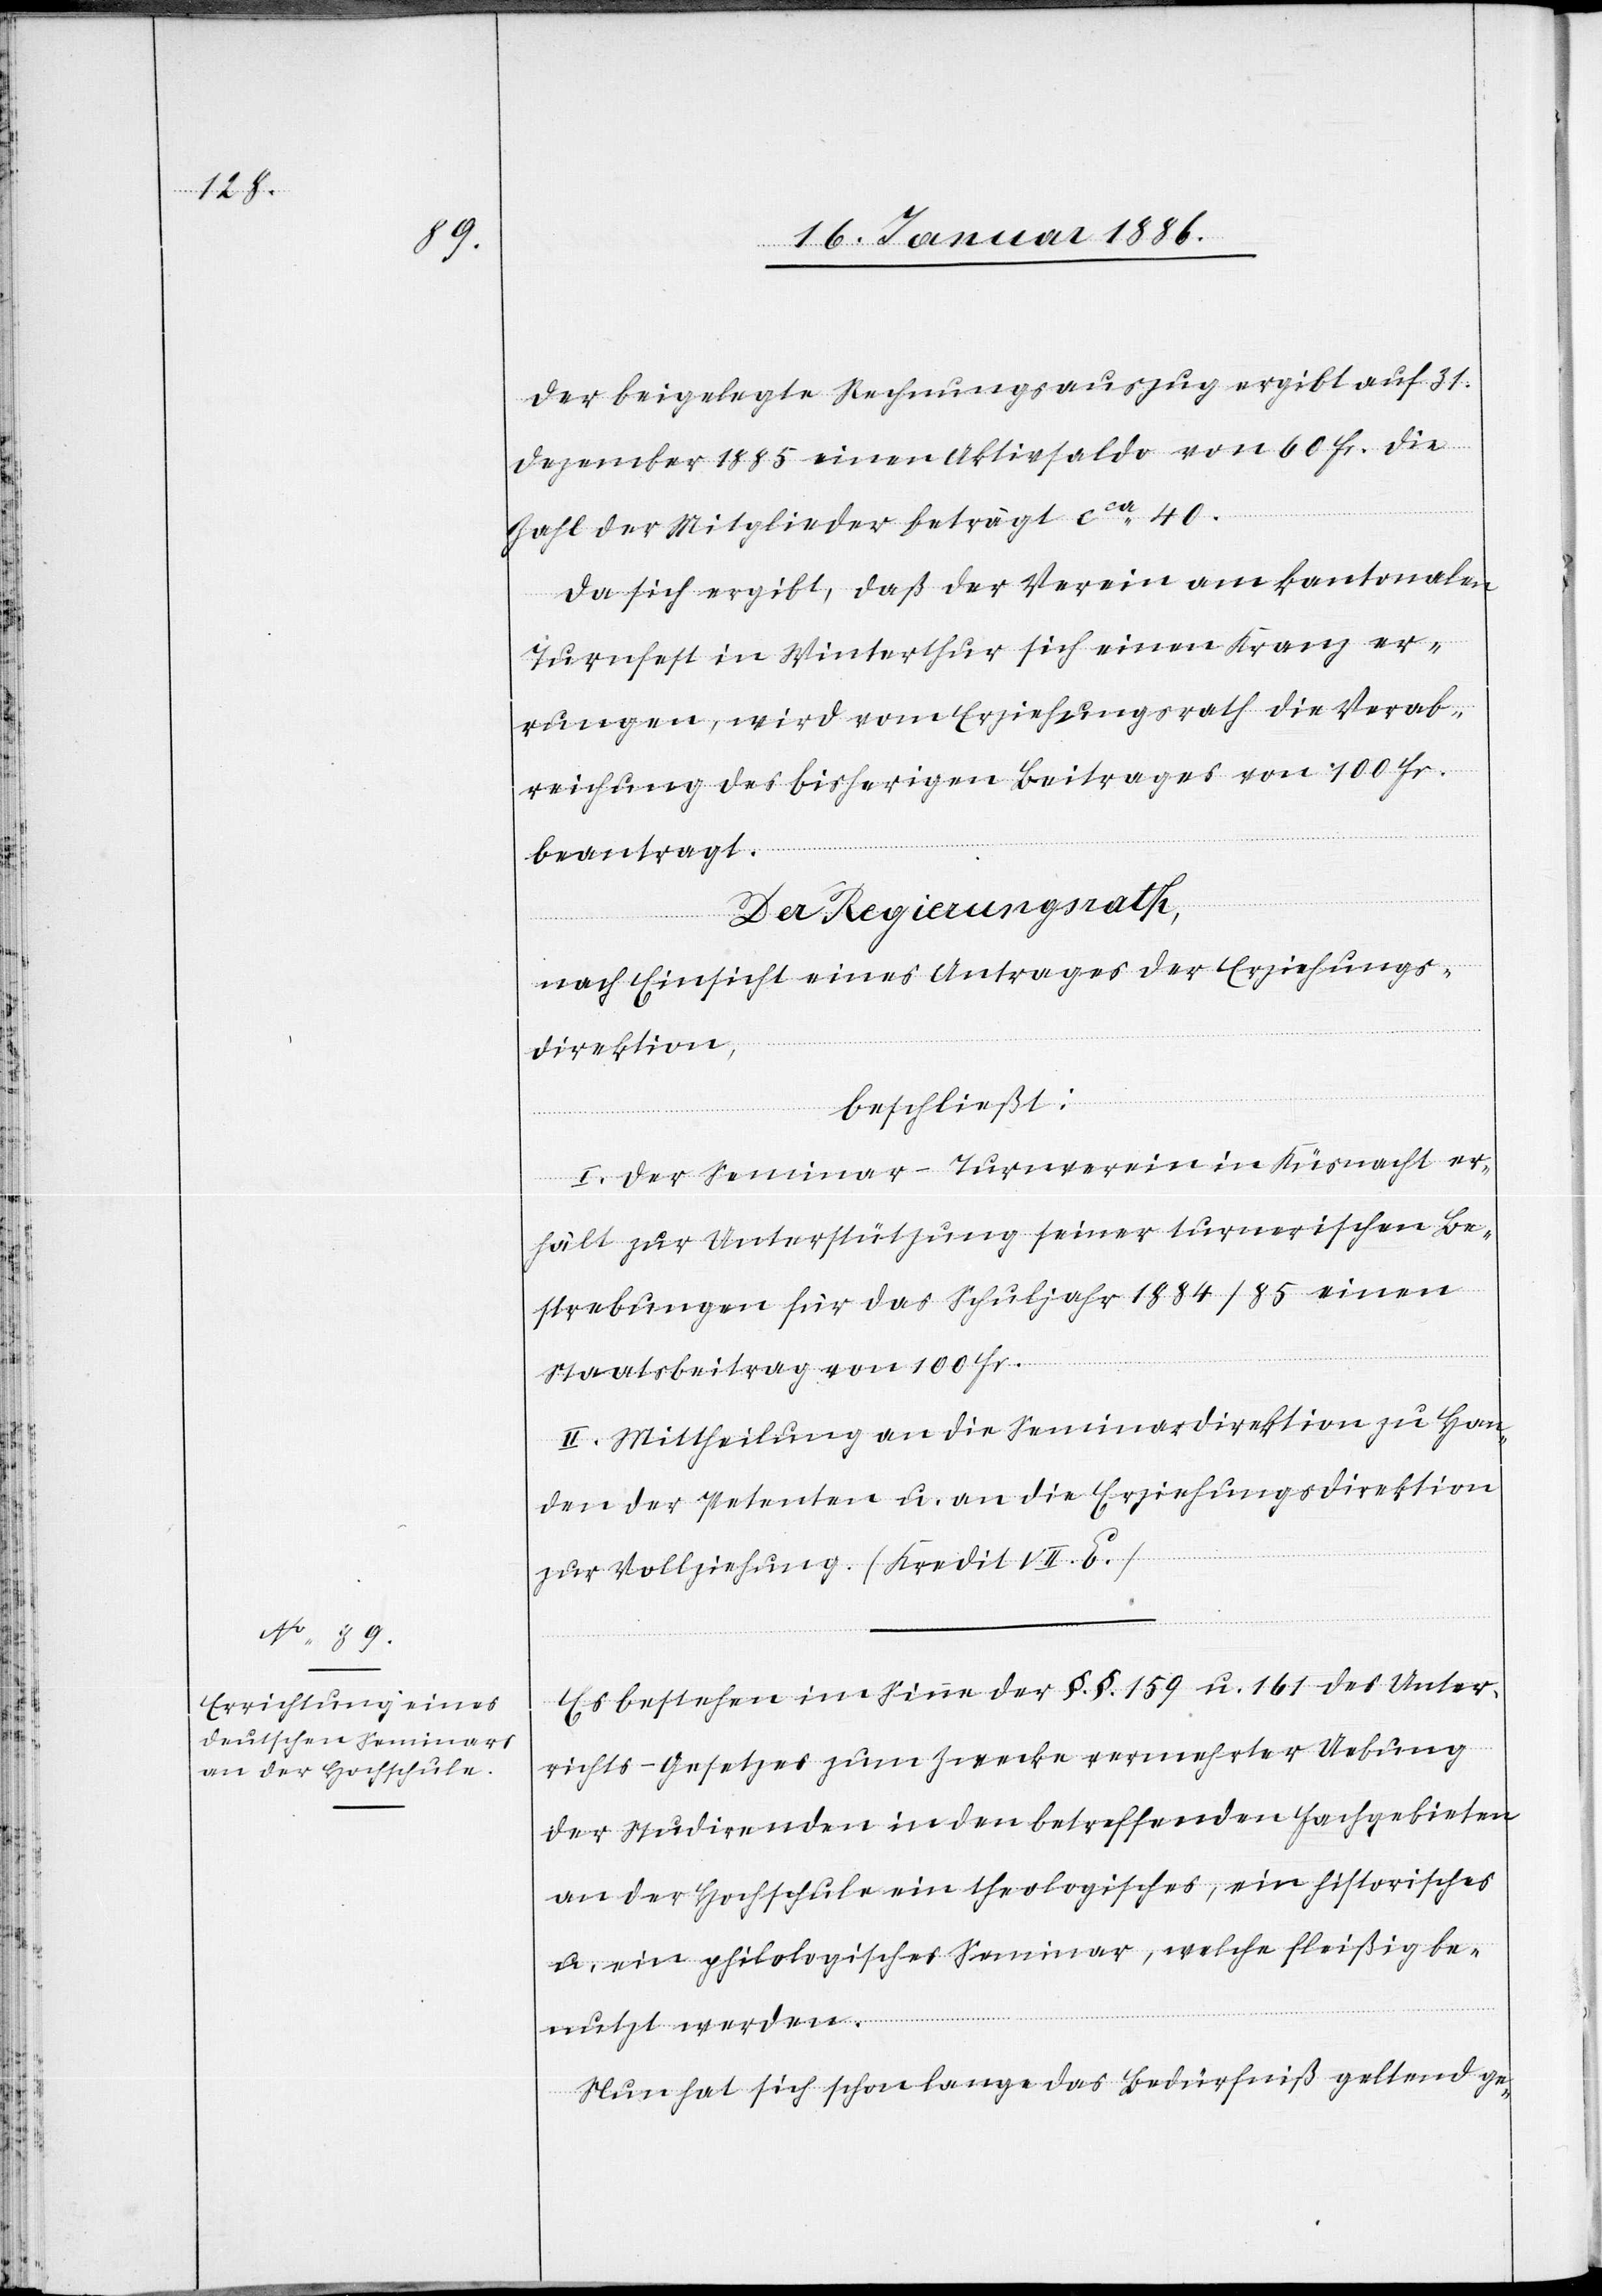
Der beigelegte Rechnungsauszug ergibt auf 31.
Dezember 1885 einen Aktivsaldo von 60 Fr. die
Zahl der Mitglieder beträgt cca 40.
Da sich ergibt, daß der Verein am kantonalen
Turnfest in Winterthur sich einen Kranz er¬
rungen, wird vom Erziehungsrath die Verab¬
reichung des bisherigen Beitrages von 100 Fr.
beantragt.
Der Regierungsrath,
nach Einsicht eines Antrages der Erziehungs¬
direktion,
beschließt:
I. Der Seminar-Turnverein in Küsnacht er¬
hält zur Unterstützung seiner turnerischen Be¬
strebungen für das Schuljahr 1884/85 einen
Staatsbeitrag von 100 Fr.
II. Mittheilung an die Seminardirektion zu Han¬
den der Petenten u. an die Erziehungsdirektion
zur Vollziehung (Kredit VII. E.)
Es bestehe im Sinne der §.§. 159 u. 161 des Unter¬
richts-Gesetzes zum Zwecke vermehrter Uebung
der Studirenden in den betreffenden Fachgebieten
an der Hochschule ein theologisches, ein historisches
u. ein philosophisches Seminar, welche fleißig be¬
nutzt werden.
Nun hat sich schon lange das Bedürfniß gelten ge-